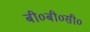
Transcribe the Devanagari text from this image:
बी०बी०सी०